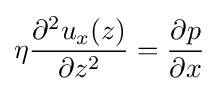
\eta {\frac {\partial ^{2}u_{x}(z)}{\partial z^{2}}}={\frac {\partial p}{\partial x}}